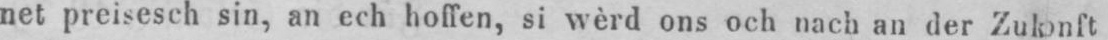
net preisesch sin, an ech hoffen, si wèrd ons och nach an der Zulonft